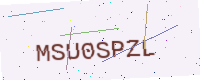
Text: MSU0SPZL